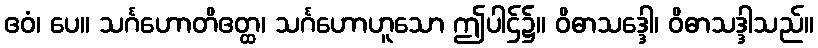
ဧဝံ၊ ပေ။ သင်္ဂဟောတိဧတ္ထ၊ သင်္ဂဟောဟူသော ဤပါဌ်၌။ ဝိဓာသဒ္ဒေါ၊ ဝိဓာသဒ္ဒါသည်။